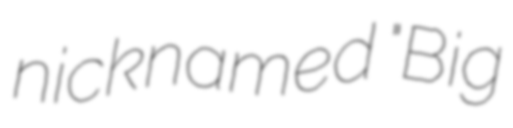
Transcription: nicknamed "Big